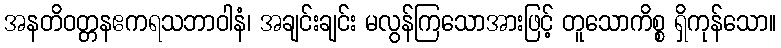
အနတိဝတ္တနဧကရသဘာဝါနံ၊ အချင်းချင်း မလွန်ကြသောအားဖြင့် တူသောကိစ္စ ရှိကုန်သော။